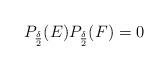
LaTeX: \begin{align*} P_{\frac{\delta}{2}}(E)P_{\frac{\delta}{2}}(F)=0\end{align*}